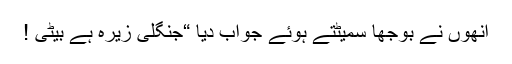
انھوں نے بوجھا سمیٹتے ہوئے جواب دیا “جنگلی زیرہ ہے بیٹی !